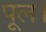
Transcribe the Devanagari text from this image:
पूल।